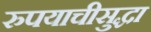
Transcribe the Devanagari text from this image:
रुपयाचीसुद्धा